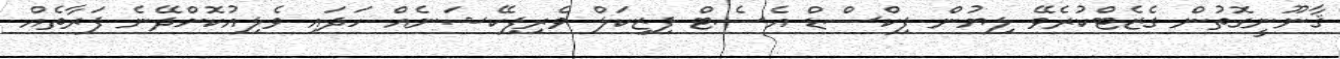
ޤާނޫނީގޮތުން ގެޒެޓްކުރެވޭ ލިޔުން ފިކްސްޑް އެސެޓް ފިޒިކަލް ވެރިފިކޭޝަނެއް ހަދައި ވެލިއުކޮށްދޭނެ ފަރާތެއް